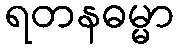
ရတနဓမ္မာ